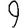
Digit: 9